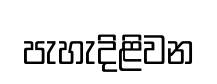
පැහැදිළිවන